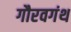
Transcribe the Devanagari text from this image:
गौरवगंथ